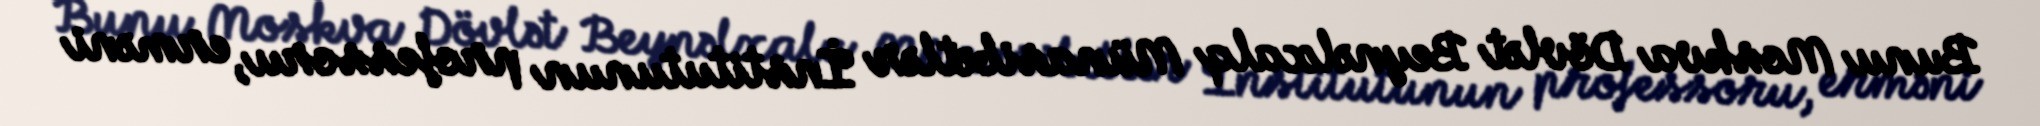
Bunu Moskva Dövlət Beynəlxalq Münasibətlər İnstitutunun professoru, erməni